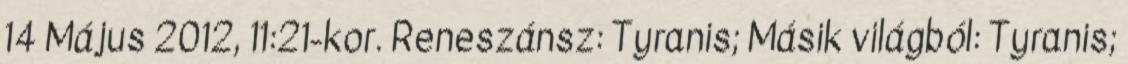
14 Május 2012, 11:21-kor. Reneszánsz: Tyranis; Másik világból: Tyranis;